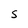
Character: s